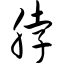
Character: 脖